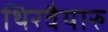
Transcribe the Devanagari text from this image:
थिरवैयारु